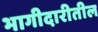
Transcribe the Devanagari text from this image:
भागीदारीतील